Bombay plague: being a history of the progress of plague in the Bombay presidency from September 1896 to June 1899
Year: 1896
Disease focus: Plague
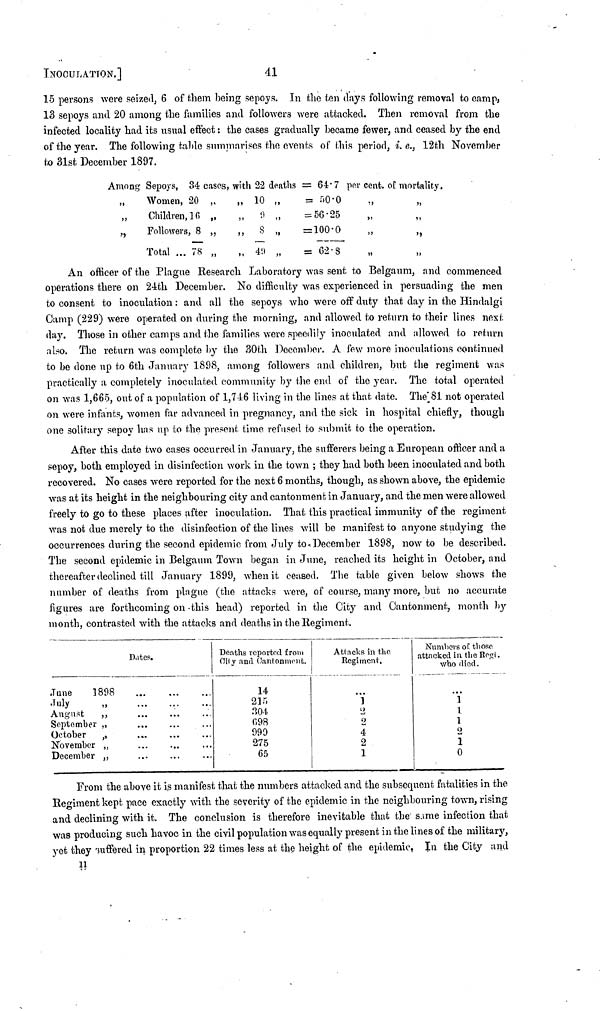
INOCULATION.]
41
15 persons were seized, 6 of them being sepoys. In the ten days following removal to camp,
13 sepoys and 20 among the families and followers were attacked. Then removal from the
infected locality had its usual effect : the cases gradually became fewer, and ceased by the end
of the year. The following table summarises the events of this period, ?. e., 12th November
to 31st December 1897.
Among
,,
,,
,,
Sepoys, 34 cases, with
Women, 20 „
,,
Children, 16 „
,,
Followers, 8 „
,,
Total ... 78 „
22
10
9
8
49
deaths
t»
»
»
»
=
=
=
=
=
64.7
50.0
56.25
100.0
62.8
per cent. of mortality.
,,
,,
,,
,,
,,
,,
,,
,,
An officer of the Plague Research Laboratory was sent to Belgaum, and commenced
operations there on 24th December. No difficulty was experienced in persuading the men
to consent to inoculation : and all the sepoys who were off duty that day in the Hindalgi
Camp (229) were operated on during the morning, and allowed to return to their lines next
day. Those in other camps and the families were speedily inoculated and allowed to return
also. The return was complete by the 30th December. A few more inoculations continued
to be done up to 6th January 1898, among followers and children, but the regiment was
practically a completely inoculated community by the end of the year. The total operated
on was 1,665, out of a population of 1,746 living in the lines at that date. The 81 not operated
on were infants, women far advanced in pregnancy, and the sick in hospital chiefly, though
one solitary sepoy has up to the present time refused to submit to the operation.
After this date two cases occurred in January, the sufferers being a European officer and a
sepoy, both employed in disinfection work in the town ; they had both been inoculated and both
recovered. No cases were reported for the next 6 months, though, as shown above, the epidemic
was at its height in the neighbouring city and cantonment in January, and the men were allowed
freely to go to these places after inoculation. That this practical immunity of the regiment
was not due merely to the disinfection of the lines will be manifest to anyone studying the
occurrences during the second epidemic from July to December 1898, now to be described.
The second epidemic in Belgaum Town began in June, reached its height in October, and
thereafter declined till January 1899, when it ceased. The table given below shows the
number of deaths from plague (the attacks were, of course, many more, but no accurate
figures are forthcoming on this head) reported in the City and Cantonment, month by
month, contrasted with the attacks and deaths in the Regiment.
June
July
August
September
October
November
December
Dates.
1898
,,
...
...
...
,,
...
...
,,
...
...
,,
...
...
...
,,
Deaths reportad from
city and Cantonment.
14
215
304
098
999
275
65
Attacks in the
Regiment,
1
o
2
4
2
1
Numbers of those
attacked in the Bogt .
who died.
1
1
1
2
1
0
From the above it is manifest that the numbers attacked and the subsequent fatalities in the
Regiment kept pace exactly with the severity of the epidemic in the neighbouring town, rising
and declining with it. The conclusion is therefore inevitable that the same infection that
was producing such havoc in the civil population was equally present in the lines of the military,
yet they suffered in proportion 22 times less at the height of the epidemic, In the City and
11